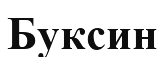
Буксин